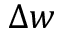
\Delta w